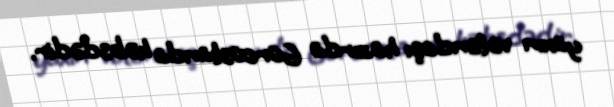
yaxın vətəndaşı hazırda Gürcüstanda həbsdədir.